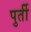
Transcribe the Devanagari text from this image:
पुर्ती